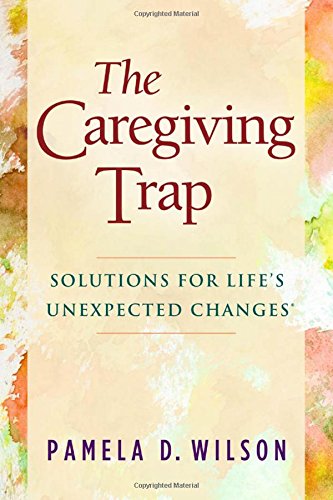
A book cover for The Caregiving Trap: Solutions for Life's Unexpected Changes; Pamela D. Wilson; Parenting & Relationships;